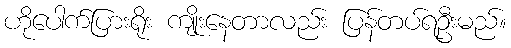
ဟိုပေါက်ပြားရိုး ကျိုးနေတာလည်း ပြန်တပ်ရဦးမည်။